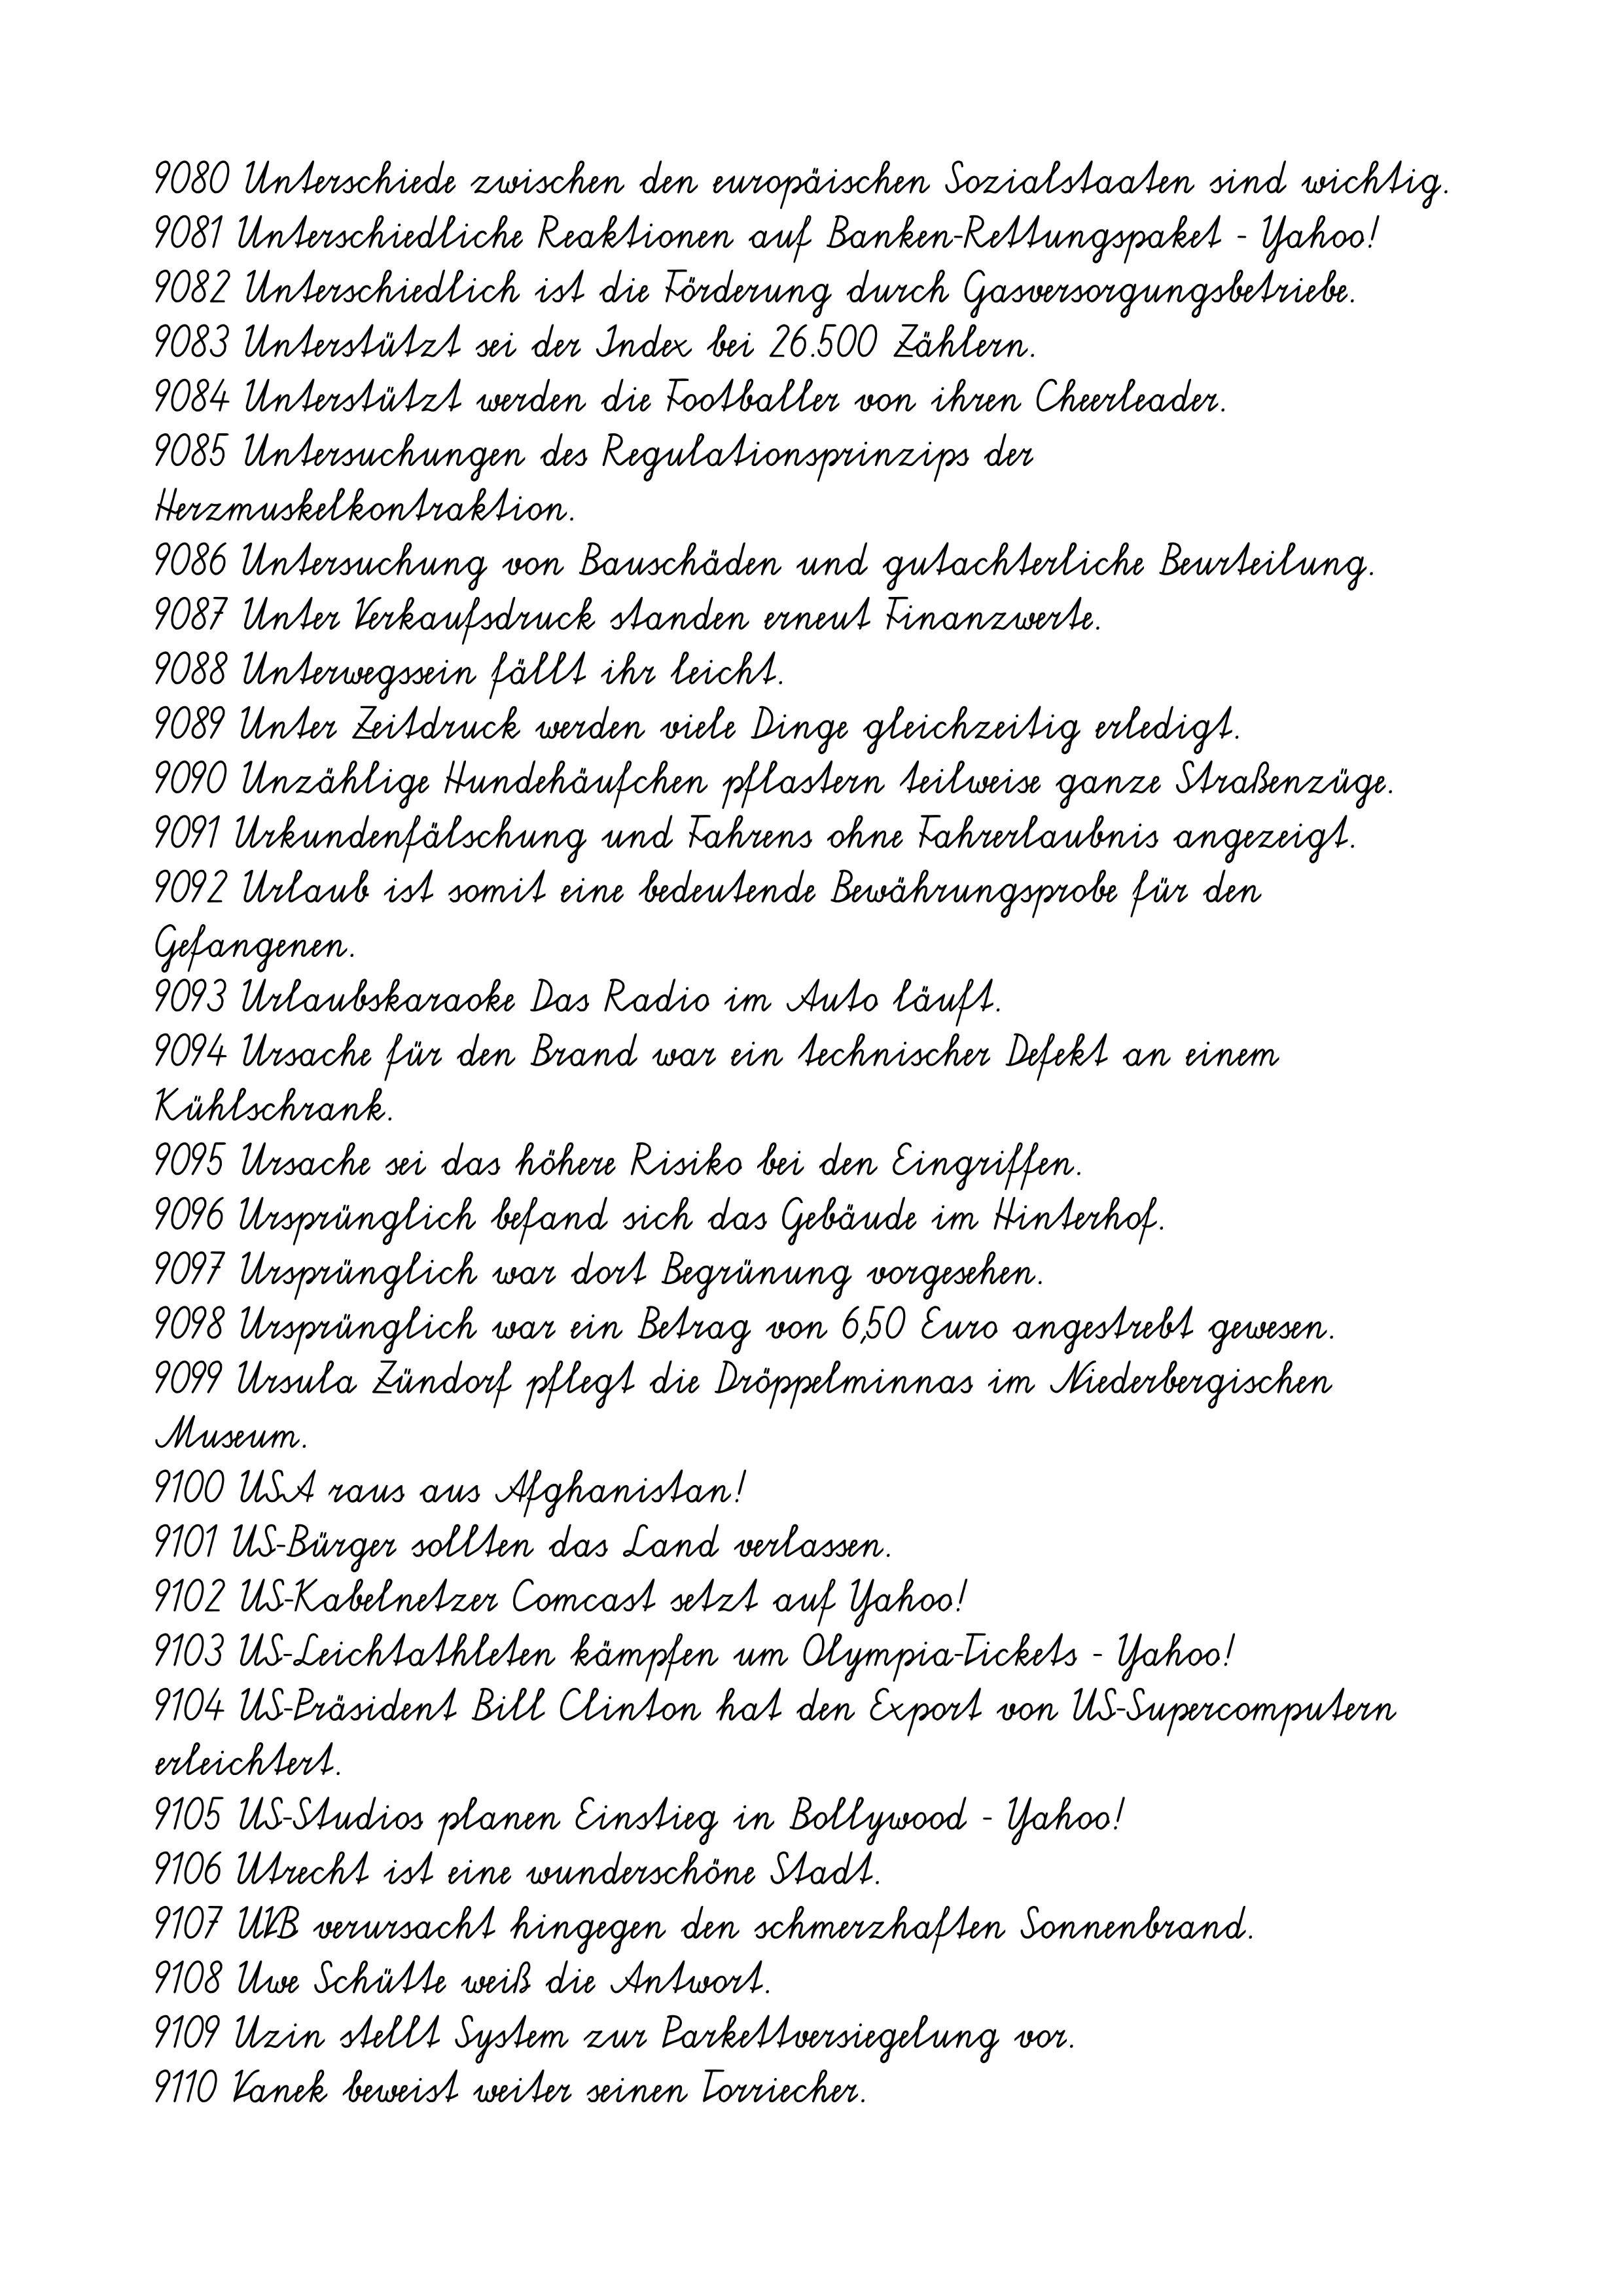
9080 Unterschiede zwischen den europäischen Sozialstaaten sind wichtig.
9081 Unterschiedliche Reaktionen auf Banken-Rettungspaket - Yahoo!
9082 Unterschiedlich ist die Förderung durch Gasversorgungsbetriebe.
9083 Unterstützt sei der Index bei 26.500 Zählern.
9084 Unterstützt werden die Footballer von ihren Cheerleader.
9085 Untersuchungen des Regulationsprinzips der
Herzmuskelkontraktion.
9086 Untersuchung von Bauschäden und gutachterliche Beurteilung.
9087 Unter Verkaufsdruck standen erneut Finanzwerte.
9088 Unterwegssein fällt ihr leicht.
9089 Unter Zeitdruck werden viele Dinge gleichzeitig erledigt.
9090 Unzählige Hundehäufchen pflastern teilweise ganze Straßenzüge.
9091 Urkundenfälschung und Fahrens ohne Fahrerlaubnis angezeigt.
9092 Urlaub ist somit eine bedeutende Bewährungsprobe für den
Gefangenen.
9093 Urlaubskaraoke Das Radio im Auto läuft.
9094 Ursache für den Brand war ein technischer Defekt an einem
Kühlschrank.
9095 Ursache sei das höhere Risiko bei den Eingriffen.
9096 Ursprünglich befand sich das Gebäude im Hinterhof.
9097 Ursprünglich war dort Begrünung vorgesehen.
9098 Ursprünglich war ein Betrag von 6,50 Euro angestrebt gewesen.
9099 Ursula Zündorf pflegt die Dröppelminnas im Niederbergischen
Museum.
9100 USA raus aus Afghanistan!
9101 US-Bürger sollten das Land verlassen.
9102 US-Kabelnetzer Comcast setzt auf Yahoo!
9103 US-Leichtathleten kämpfen um Olympia-Tickets - Yahoo!
9104 US-Präsident Bill Clinton hat den Export von US-Supercomputern
erleichtert.
9105 US-Studios planen Einstieg in Bollywood - Yahoo!
9106 Utrecht ist eine wunderschöne Stadt.
9107 UVB verursacht hingegen den schmerzhaften Sonnenbrand.
9108 Uwe Schütte weiß die Antwort.
9109 Uzin stellt System zur Parkettversiegelung vor.
9110 Vanek beweist weiter seinen Torriecher.